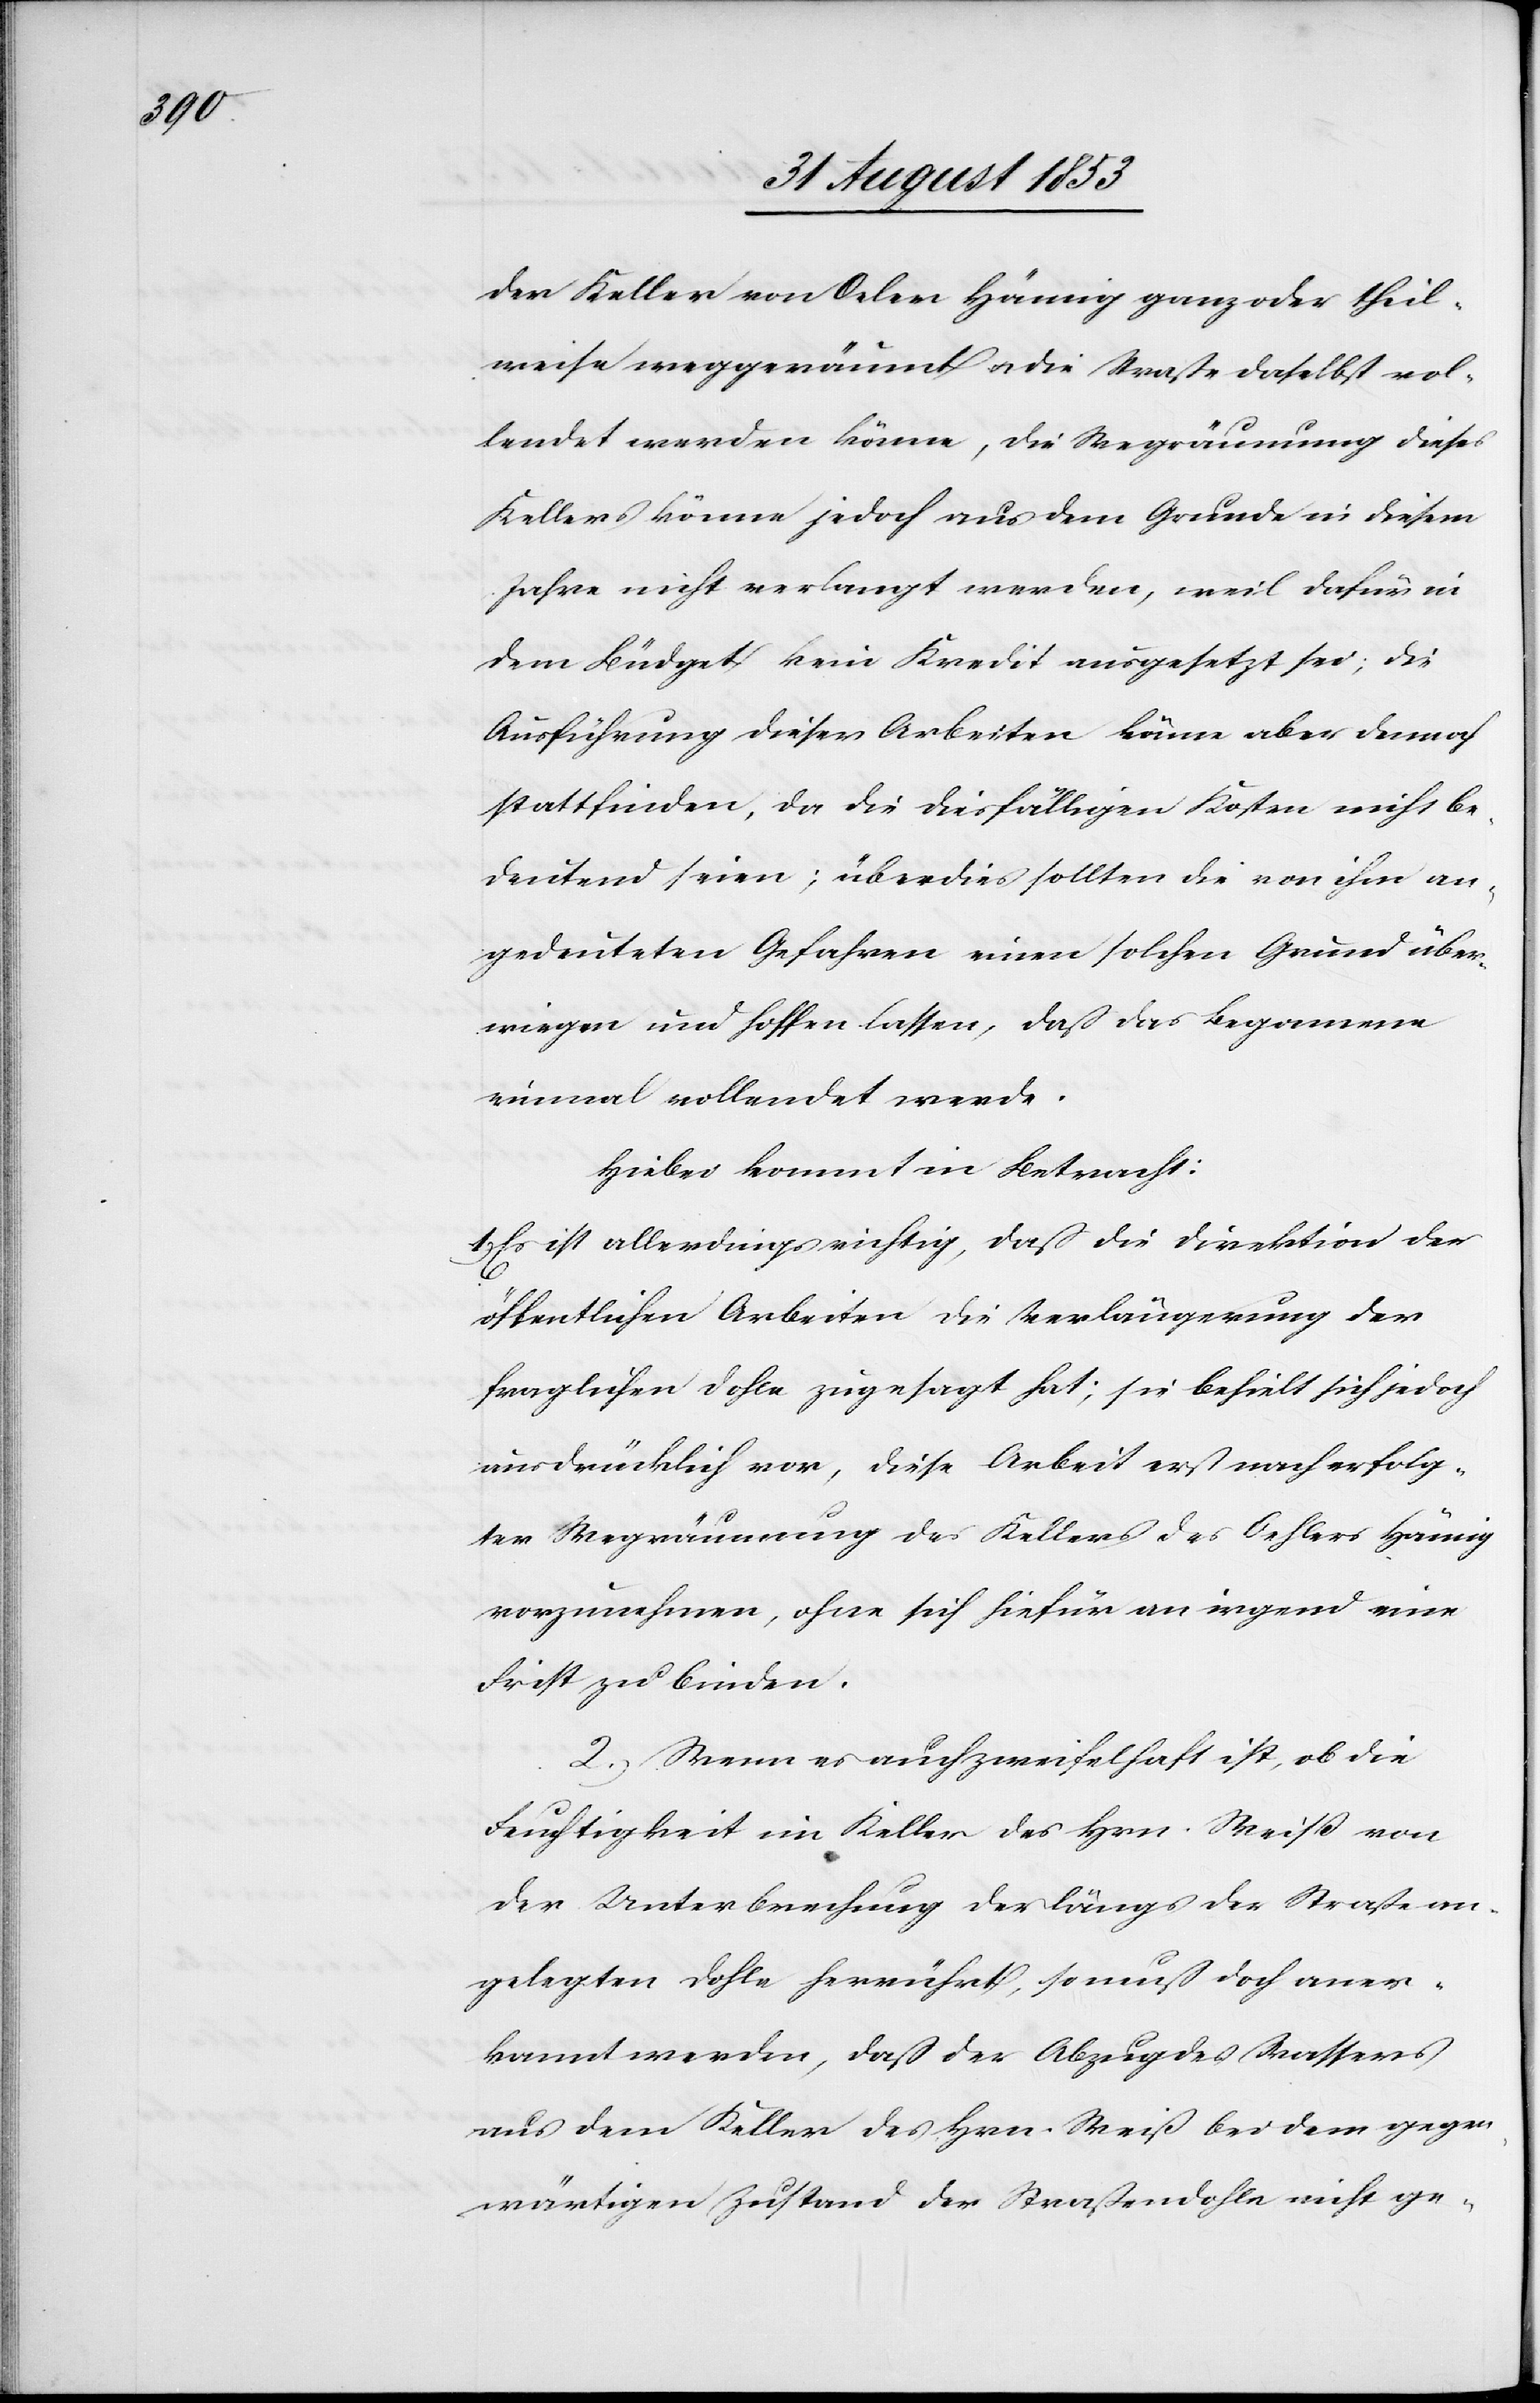
der Keller von Oeler Hämig ganz oder theil¬
weise weggeräumt u. die Straße daselbst vol¬
lendet werden könne, die Wegräumung dieses
Kellers könne jedoch aus dem Grunde in diesem
Jahre nicht verlangt werden, weil dafür in
dem Büdget kein Kredit ausgesetzt sei; die
Ausführung dieser Arbeiten könne aber dennoch
stattfinden, da die diesfälligen Kosten nicht be¬
deutend seien; überdies sollten die von ihm an¬
gedeuteten Gefahren einen solchen Grund über¬
wiegen und hoffen lassen, daß das Begonnene
einmal vollendet werde.
Hiebei kommt in Betracht:
1, Es ist allerdings richtig, daß die Direktion der
öffentlichen Arbeiten die Verlängerung der
fraglichen Dohle zugesagt hat; sie behielt sich jedoch
ausdrücklich vor, diese Arbeit erst nach erfolg¬
ter Wegräumung des Kellers des Oehlers Hämig
vorzunehmen, ohne sich hiefür an irgend eine
Frist zu binden.
2, Wenn es auch zweifelhaft ist, ob die
Feuchtigkeit im Keller des Hrn. Weiß von
der Unterbrechung der längs der Straße an¬
gelegten Dohle herrührt, so muß doch aner¬
kannt werden, daß der Abzug des Wassers
aus dem Keller des Hrn. Weiß bei dem gegen¬
wärtigen Zustand der Straßendohle nicht ge-